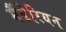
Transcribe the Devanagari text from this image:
मैंडेरियन